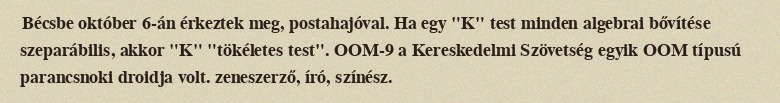
Bécsbe október 6-án érkeztek meg, postahajóval. Ha egy "K" test minden algebrai bővítése szeparábilis, akkor "K" "tökéletes test". OOM-9 a Kereskedelmi Szövetség egyik OOM típusú parancsnoki droidja volt. zeneszerző, író, színész.